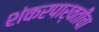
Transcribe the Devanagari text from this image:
शंकरपार्वतींचा